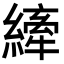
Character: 縴